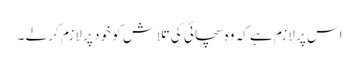
اس پر لازم ہے کہ وہ سچائی کی تلاش کو خود پر لازم کر لے ۔